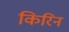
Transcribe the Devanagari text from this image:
किरिन